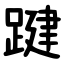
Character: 踺